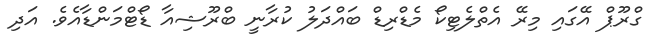
ގްރޫޕް އޭގައި މިރޭ އެތްލެޓިކޯ މެޑްރިޑް ބައްދަލު ކުރާނީ ބްރޫޝިއާ ޑޯޓްމަންޑާއެވެ. އަދި